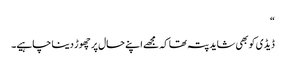
“
ڈیڈی کو بھی شاید پتہ تھا کہ مجھے اپنے حال پر چھوڑ دینا چاہیے۔